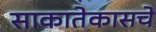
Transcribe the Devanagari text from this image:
साकातेकासचे